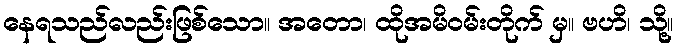
နေရသည်လည်းဖြစ်သော။ အတော၊ ထိုအမိဝမ်းတိုက် မှ။ ဗဟိ၊ သို့။